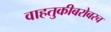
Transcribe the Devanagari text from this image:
वाहतुकीबरोबरच